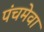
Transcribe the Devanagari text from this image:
पंचमेवा